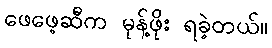
ဖေဖေ့ဆီက မုန့်ဖိုး ရခဲ့တယ်။